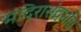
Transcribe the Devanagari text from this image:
मंदिरासंदर्भात